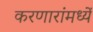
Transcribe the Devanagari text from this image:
करणारांमध्यें